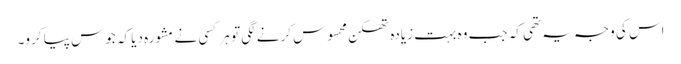
اس کی وجہ یہ تھی کہ جب وہ بہت زیادہ تھکن محسوس کرنے لگی تو ہر کسی نے مشورہ دیا کہ جوس پیا کرو۔